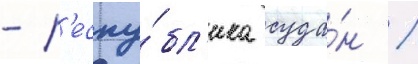
- р'еспу́бл'ика суда́н /